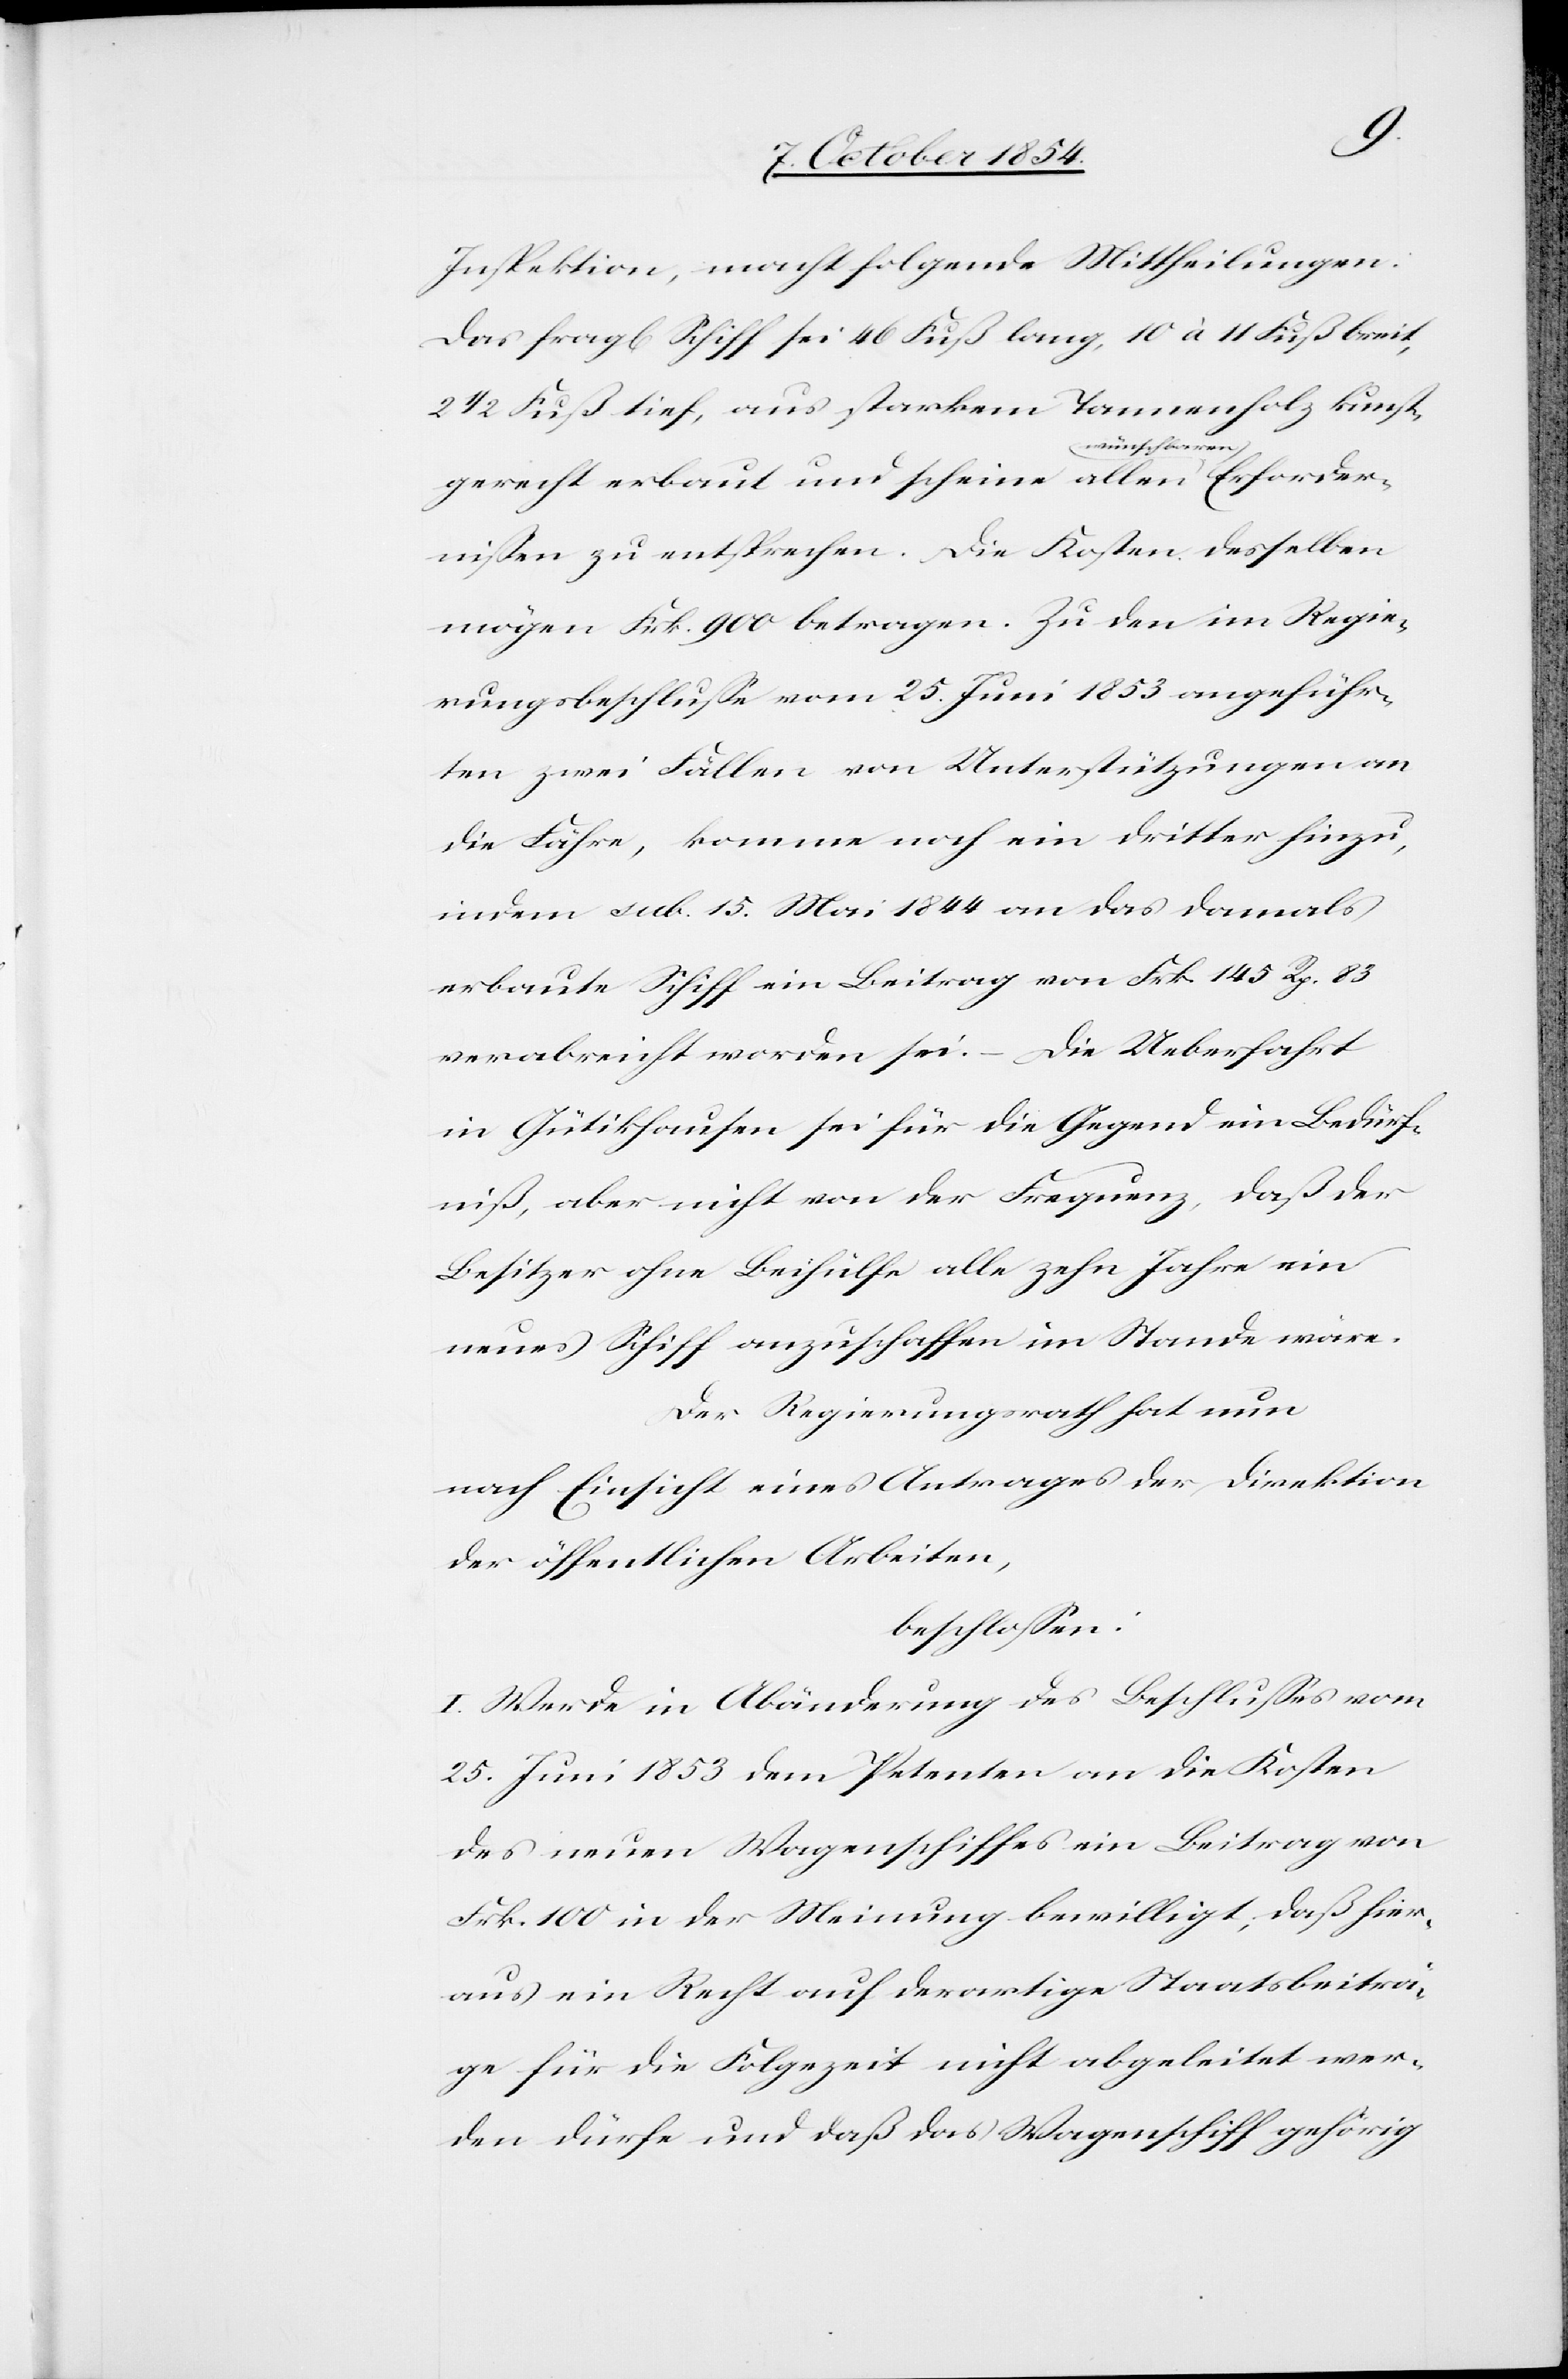
Inspektion, macht folgende Mittheilungen:
Das fragl. Schiff sei 46 Fuß lang, 10 à 11 Fuß breit,
2 1/2 Fuß tief, aus starkem Tannenholz kunst¬
Erfordern¬
gerecht erbaut und scheine allen a-wünschbaren-a
ißen zu entsprechen. Die Kosten desselben
mögen Frk. 900 betragen. Zu den im Regie¬
rungsbeschluße vom 25. Juni 1853 angeführ¬
ten zwei Fällen von Unterstützungen an
die Fähre, komme noch ein dritter hinzu,
indem sub. 15. Mai 1844 an das damals
erbaute Schiff ein Beitrag von Frk. 145 Rp. 83
verabreicht worden sei. – Die Ueberfahrt
in Gütikhausen sei für die Gegend ein Bedürf¬
niß, aber nicht von der Frequenz, daß der
Besitzer ohne Beihülfe alle zehn Jahre ein
neues Schiff anzuschaffen im Stande wäre.
Der Regierungsrath hat nun
nach Einsicht eines Antrages der Direktion
der öffentlichen Arbeiten,
beschloßen:
I. Werde in Abänderung des Beschlußes vom
25. Juni 1853 dem Petenten an die Kosten
des neuen Wagenschiffes ein Beitrag von
Frk. 100 in der Meinung bewilligt, daß hier¬
aus ein Recht auf derartige Staatsbeiträ¬
ge für die Folgezeit nicht abgeleitet wer¬
den dürfe und daß das Wagenschiff gehörig